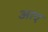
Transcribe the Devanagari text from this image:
अाए